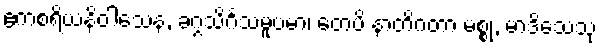
ဧကစရိယနိဝါသေန, ခဂ္ဂသိင်္ဂသမူပမာ၊ တေပိ နာတိဂတာ မစ္စုံ, မာဒိသေသု